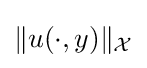
\|u(\cdot ,y)\|_{\mathcal {X}}